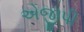
એજીપી